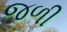
જળી